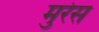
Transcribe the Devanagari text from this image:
मुरेस